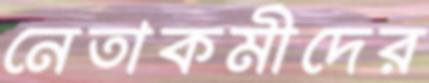
নেতাকর্মীদের